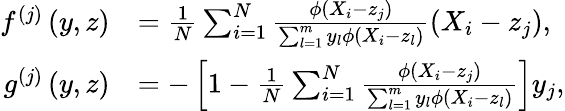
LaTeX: \begin{array}{rl}{f^{(j)}\left(y,z\right)}&{=\frac{1}{N}\sum_{i=1}^{N}\frac{\phi\left(X_{i}-z_{j}\right)}{\sum_{l=1}^{m}y_{l}\phi\left(X_{i}-z_{l}\right)}\left(X_{i}-z_{j}\right),}\\ {g^{(j)}\left(y,z\right)}&{=-\left[1-\frac{1}{N}\sum_{i=1}^{N}\frac{\phi\left(X_{i}-z_{j}\right)}{\sum_{l=1}^{m}y_{l}\phi\left(X_{i}-z_{l}\right)}\right]y_{j},}\end{array}